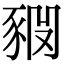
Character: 𧱊